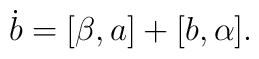
\dot{b}=[\beta,a]+[b,\alpha].